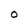
Character: O